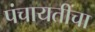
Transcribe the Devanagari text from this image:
पंचायतींचा